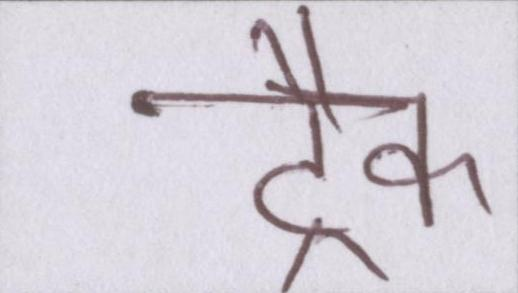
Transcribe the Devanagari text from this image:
ट्रैक